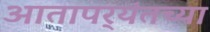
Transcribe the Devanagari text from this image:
आतापर्‍यंतच्या